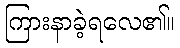
ကြားနာခဲ့ရလေ၏။